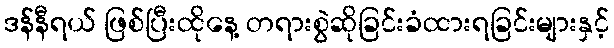
ဒန်နီရယ် ဖြစ်ပြီးထိုနေ့ တရားစွဲဆိုခြင်းခံထားရခြင်းများနှင့်